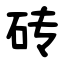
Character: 砖